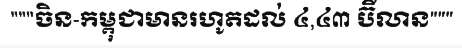
"""ចិន-កម្ពុជាមានរហូតដល់ ៤,៤៣ ប៊ីលាន"""